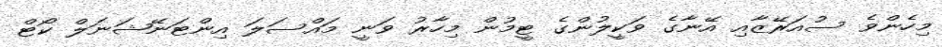
މިހެންވެ ސުއަރޭޒާއި އޭނާގެ ވަކީލުންގެ ޓީމުން މިހާރު ވަނީ މައްސަލަ އިންޓަނޭޝަނަލް ކޯޓް